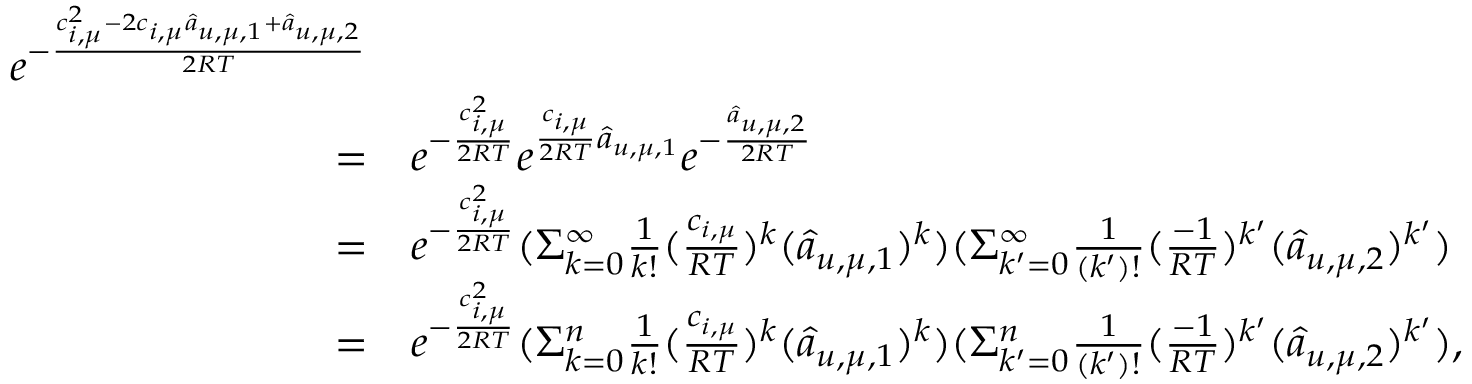
\begin{array} { r l } { e ^ { - \frac { c _ { i , \mu } ^ { 2 } - 2 c _ { i , \mu } \hat { a } _ { u , \mu , 1 } + \hat { a } _ { u , \mu , 2 } } { 2 R T } } } \\ { = } & { e ^ { - \frac { c _ { i , \mu } ^ { 2 } } { 2 R T } } e ^ { \frac { c _ { i , \mu } } { 2 R T } \hat { a } _ { u , \mu , 1 } } e ^ { - \frac { \hat { a } _ { u , \mu , 2 } } { 2 R T } } } \\ { = } & { e ^ { - \frac { c _ { i , \mu } ^ { 2 } } { 2 R T } } ( \Sigma _ { k = 0 } ^ { \infty } \frac { 1 } { k ! } ( \frac { c _ { i , \mu } } { R T } ) ^ { k } ( \hat { a } _ { u , \mu , 1 } ) ^ { k } ) ( \Sigma _ { k ^ { \prime } = 0 } ^ { \infty } \frac { 1 } { ( k ^ { \prime } ) ! } ( \frac { - 1 } { R T } ) ^ { k ^ { \prime } } ( \hat { a } _ { u , \mu , 2 } ) ^ { k ^ { \prime } } ) } \\ { = } & { e ^ { - \frac { c _ { i , \mu } ^ { 2 } } { 2 R T } } ( \Sigma _ { k = 0 } ^ { n } \frac { 1 } { k ! } ( \frac { c _ { i , \mu } } { R T } ) ^ { k } ( \hat { a } _ { u , \mu , 1 } ) ^ { k } ) ( \Sigma _ { k ^ { \prime } = 0 } ^ { n } \frac { 1 } { ( k ^ { \prime } ) ! } ( \frac { - 1 } { R T } ) ^ { k ^ { \prime } } ( \hat { a } _ { u , \mu , 2 } ) ^ { k ^ { \prime } } ) , } \end{array}